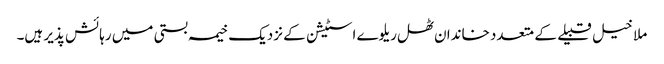
ملا خیل قبیلے کے متعدد خاندان ٹھل ریلوے اسٹیشن کے نزدیک خیمہ بستی میں رہائش پذیر ہیں۔